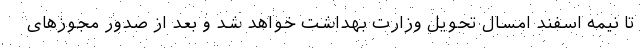
تا نیمه اسفند امسال تحویل وزارت بهداشت خواهد شد و بعد از صدور مجوزهای